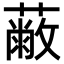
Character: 𦽗